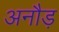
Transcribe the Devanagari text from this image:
अनौड़